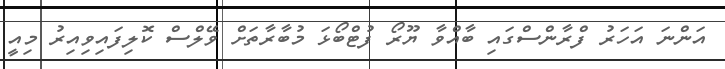
އަންނަ އަހަރު ފްރާންސްގައި ބާއްވާ ޔޫރޯ ފުޓްބޯޅަ މުބާރާތަށް ވޭލްސް ކޮލިފައިވިއިރު މިއީ